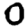
Digit: 0